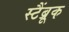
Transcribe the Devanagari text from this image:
स्टैंब्रूक